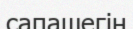
сапашегін